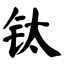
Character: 钛